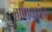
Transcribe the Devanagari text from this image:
गणकतंत्र